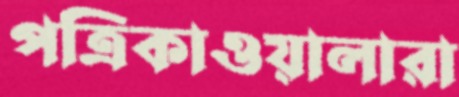
পত্রিকাওয়ালারা